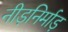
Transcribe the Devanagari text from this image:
नीड़निर्माड़